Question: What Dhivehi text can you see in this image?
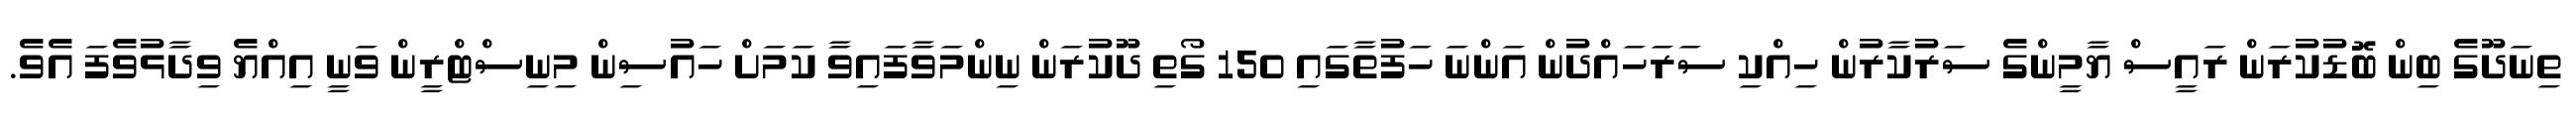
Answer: ތިނަދޫގެ ބިން ބޮޑުކުރަން ރައީސް ޔާމީންގެ ސަރުކާރުން ހިއްކި ސަރަހައްދުން އަންނަ ހަފުތާގައި 150 ގޯތި ދޫކުރަން ނިންމަވާފައިވާ ކަމަށް ހައުސިން މިނިސްޓްރީން ވަނީ އިއްޔެ ވިދާޅުވެފަ އެވެ.